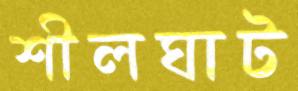
শীলঘাট